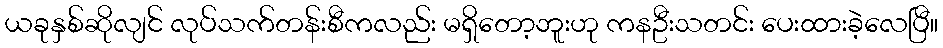
ယခုနှစ်ဆိုလျင် လုပ်သက်တန်းစီကလည်း မရှိတော့ဘူးဟု ကနဦးသတင်း ပေးထားခဲ့လေပြီ။